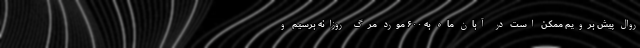
روال پیش برویم ممکن است در آبان ماه به ۶۰۰ مورد مرگ روزانه برسیم و